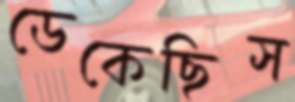
ডেকেছিস